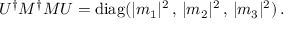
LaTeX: U ^ { \dagger } M ^ { \dagger } M U = \mathrm { d i a g } ( | m _ { 1 } | ^ { 2 } \, , \, | m _ { 2 } | ^ { 2 } \, , \, | m _ { 3 } | ^ { 2 } ) \, .